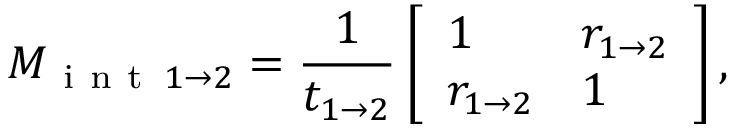
M _ { \mathrm { ~ i ~ n ~ t ~ } \, 1 \rightarrow 2 } = \frac { 1 } { t _ { 1 \rightarrow 2 } } \left[ \begin{array} { l l } { 1 } & { r _ { 1 \rightarrow 2 } } \\ { r _ { 1 \rightarrow 2 } } & { 1 } \end{array} \right] ,